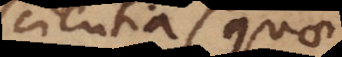
scientia (quae